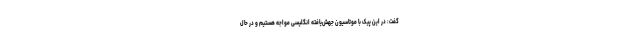
گفت: در این پیک با موتاسیون جهش‌یافته انگلیسی مواجه هستیم و در حال